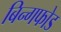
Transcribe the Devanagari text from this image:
बिन्गफोड